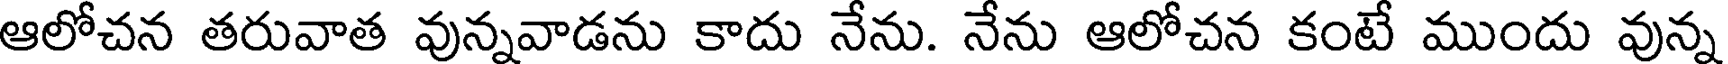
ఆలోచన తరువాత వున్నవాడను కాదు నేను. నేను ఆలోచన కంటే ముందు వున్న